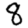
Digit: 8